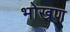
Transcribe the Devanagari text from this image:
भोखण